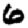
Digit: 6